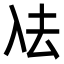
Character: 𭀼